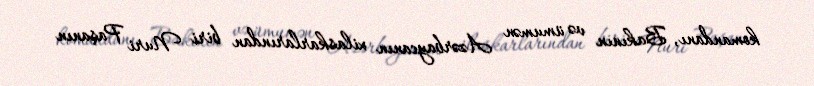
komandanı, Bakının və ümumən Azərbaycanın xilaskarlarından biri Nuri Paşanın